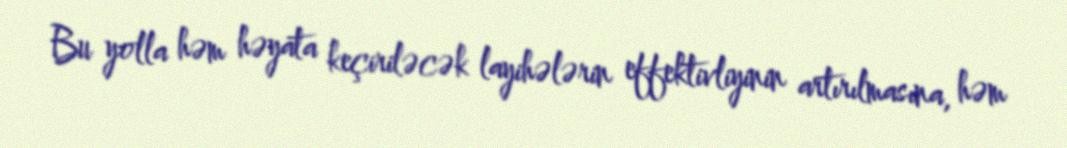
Bu yolla həm həyata keçiriləcək layihələrin effektivliyinin artırılmasına, həm